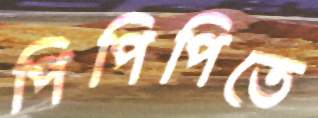
পিপিপিতে